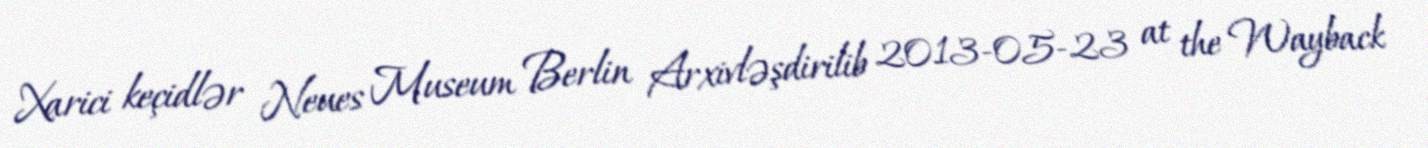
Xarici keçidlər Neues Museum Berlin Arxivləşdirilib 2013-05-23 at the Wayback